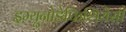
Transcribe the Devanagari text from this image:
इम्यूनोडेफिशियेंसी